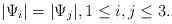
\begin{align*}|\Psi_i|=|\Psi_j|, 1\leq i,j\leq 3.\end{align*}